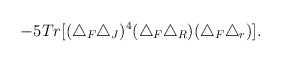
\begin{align*}-5Tr[(\triangle_F\triangle_J)^4(\triangle_F\triangle_R)(\triangle_F\triangle_r)].\end{align*}